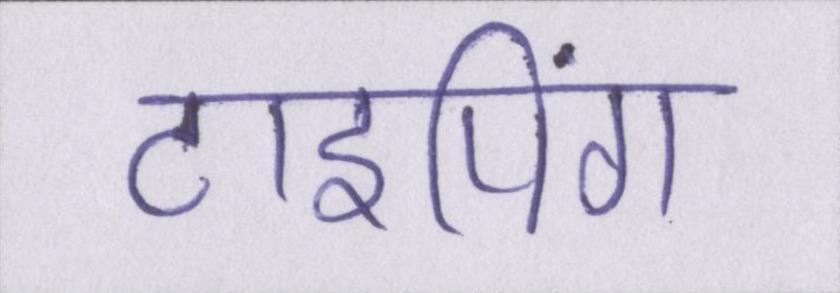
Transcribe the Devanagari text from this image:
टाइपिंग